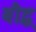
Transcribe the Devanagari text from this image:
बौद्ध्